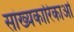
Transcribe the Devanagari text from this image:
सांख्यकारिकाओं